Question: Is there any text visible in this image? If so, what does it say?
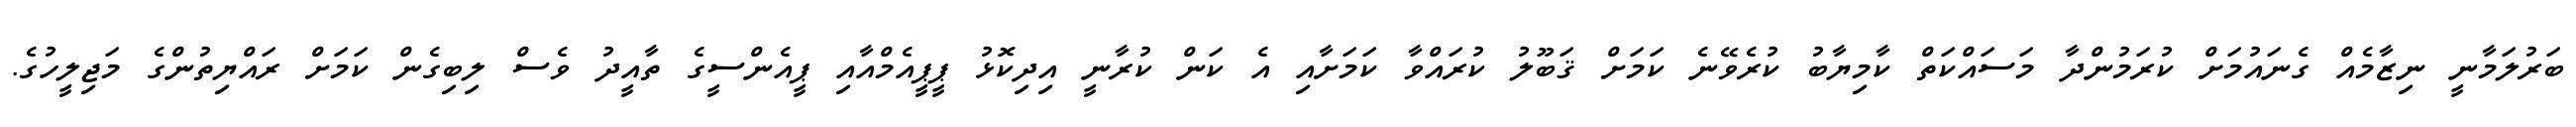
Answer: ބަރުލަމާނީ ނިޒާމެއް ގެނައުމަށް ކުރަމުންދާ މަސައްކަތް ކާމިޔާބު ކުރެވޭނެ ކަމަށް ޤަބޫލު ކުރައްވާ ކަމަށާއި އެ ކަން ކުރާނީ އިދިކޮޅު ޕީޕީއެމްއާއި ޕީއެންސީގެ ތާއީދު ވެސް ލިބިގެން ކަމަށް ރައްޔިތުންގެ މަޖިލީހުގެ.